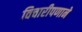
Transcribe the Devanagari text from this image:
विचारीपणाने